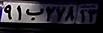
۹۱ب۲۷۸۱۳